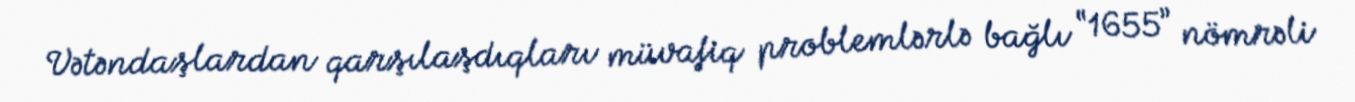
Vətəndaşlardan qarşılaşdıqları müvafiq problemlərlə bağlı “1655” nömrəli